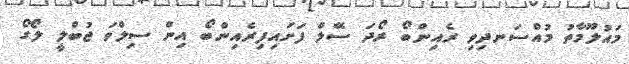
މައުލޫމާތު މުއްސަނދިވި ރެއިންބޯ ރޯދަ ސޭލް ފަށައިފިރެއިންބޯ އިން ސިލްވަ ޖުބްލީ ލޯގޯ